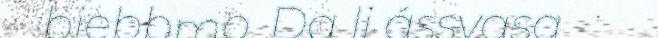
biebbmo. Da li ássvasa